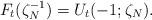
LaTeX: \begin{align*} F_t(\zeta_{N}^{-1}) = U_t(-1;\zeta_{N}).\end{align*}